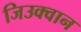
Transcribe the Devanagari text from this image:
जिउक्वान